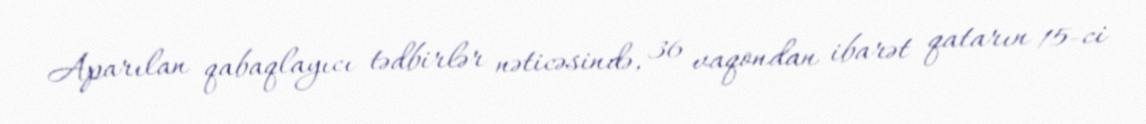
Aparılan qabaqlayıcı tədbirlər nəticəsində, 36 vaqondan ibarət qatarın 15-ci